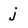
Character: j